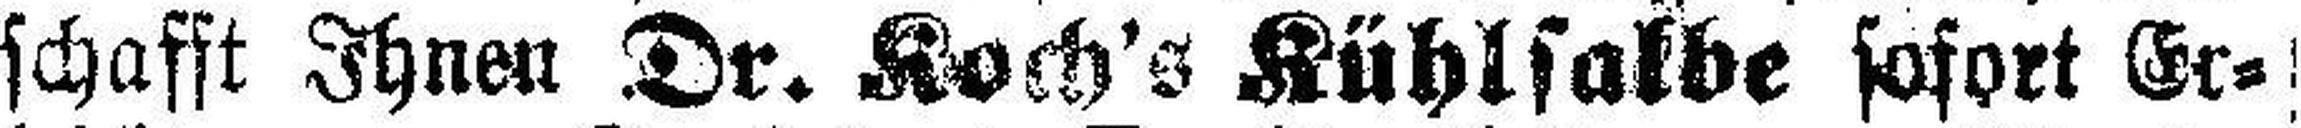
schafft Ihnen Dr. Koch's Kühlsalbe sofort Er¬